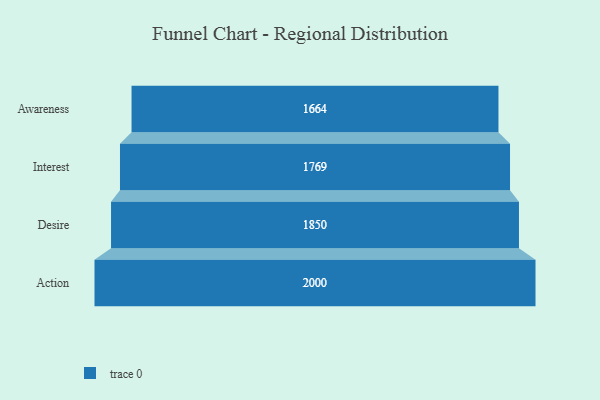
{"axis": {"x": "Stage", "y": "Value"}, "legend": [""], "data": [{"x": "Awareness", "y": 1664.0, "type": ""}, {"x": "Interest", "y": 1769.0, "type": ""}, {"x": "Desire", "y": 1850.0, "type": ""}, {"x": "Action", "y": 2000, "type": ""}]}